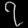
Digit: ၇